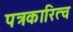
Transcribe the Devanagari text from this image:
पत्रकारित्व